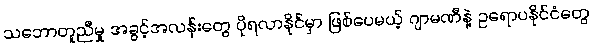
သဘောတူညီမှု အခွင့်အလန်းတွေ ပိုရလာနိုင်မှာ ဖြစ်ပေမယ့် ဂျာမဏီနဲ့ ဥရောပနိုင်ငံတွေ